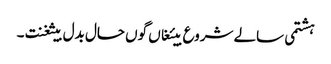
ہشتمی سالے شروع بیئغاں گوں حال بدل بیثغنت ۔